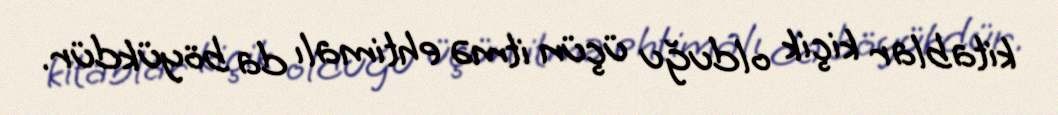
kitablar kiçik olduğu üçün itmə ehtimalı da böyükdür.